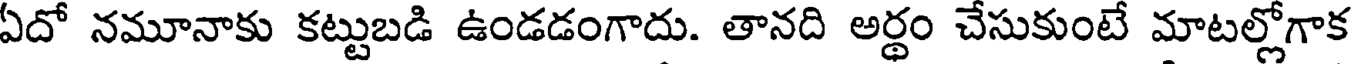
ఏదో నమూనాకు కట్టుబడి ఉండడంగాదు. తానది అర్థం చేసుకుంటే మాటల్లోగాక